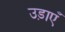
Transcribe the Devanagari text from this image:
उड़ाएँ